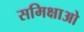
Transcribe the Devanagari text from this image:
समिक्षाओ